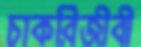
চাকরিজীবী